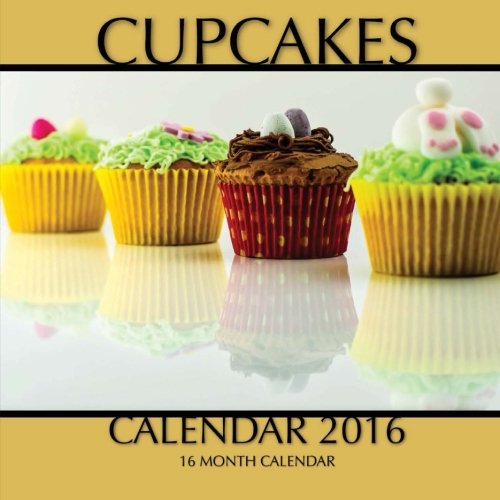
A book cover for Cupcakes Calendar 2016: 16 Month Calendar; Jack Smith; Calendars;